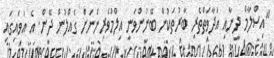
"އިސްލާމް ދީނާއި އަދާވަތްތެރި ބާރުތަކުން ބޭނުންވަނީ އިލްމުވެރިންނަށް ގެއްލުން ދޭން. އެ އަވައިގައި